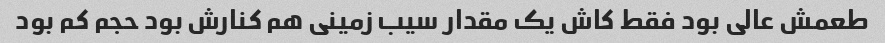
طعمش عالی بود فقط کاش یک مقدار سیب زمینی هم کنارش بود حجم کم بود